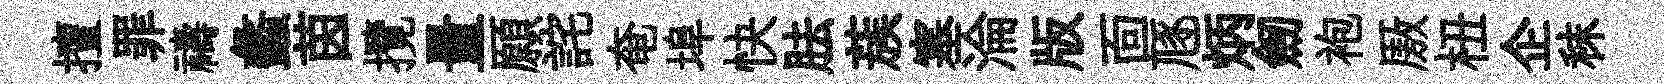
擅罪禱蠡茵攬量願詫奄埠快胠蔟塞淪版靣豗炳劒袍厫杻企秣